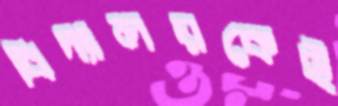
বিদ্যালয়কেই